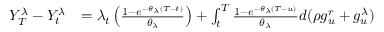
\begin{array} { r l } { Y _ { T } ^ { \lambda } - Y _ { t } ^ { \lambda } } & { = \lambda _ { t } \left( \frac { 1 - e ^ { - \theta _ { \lambda } ( T - t ) } } { \theta _ { \lambda } } \right) + \int _ { t } ^ { T } \frac { 1 - e ^ { - \theta _ { \lambda } ( T - u ) } } { \theta _ { \lambda } } d ( \rho g _ { u } ^ { r } + g _ { u } ^ { \lambda } ) } \end{array}